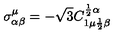
\sigma _ { \alpha \beta } ^ { \mu } = - \sqrt { 3 } C _ { 1 \mu { \frac { 1 } { 2 } } \beta } ^ { { \frac { 1 } { 2 } } \alpha }